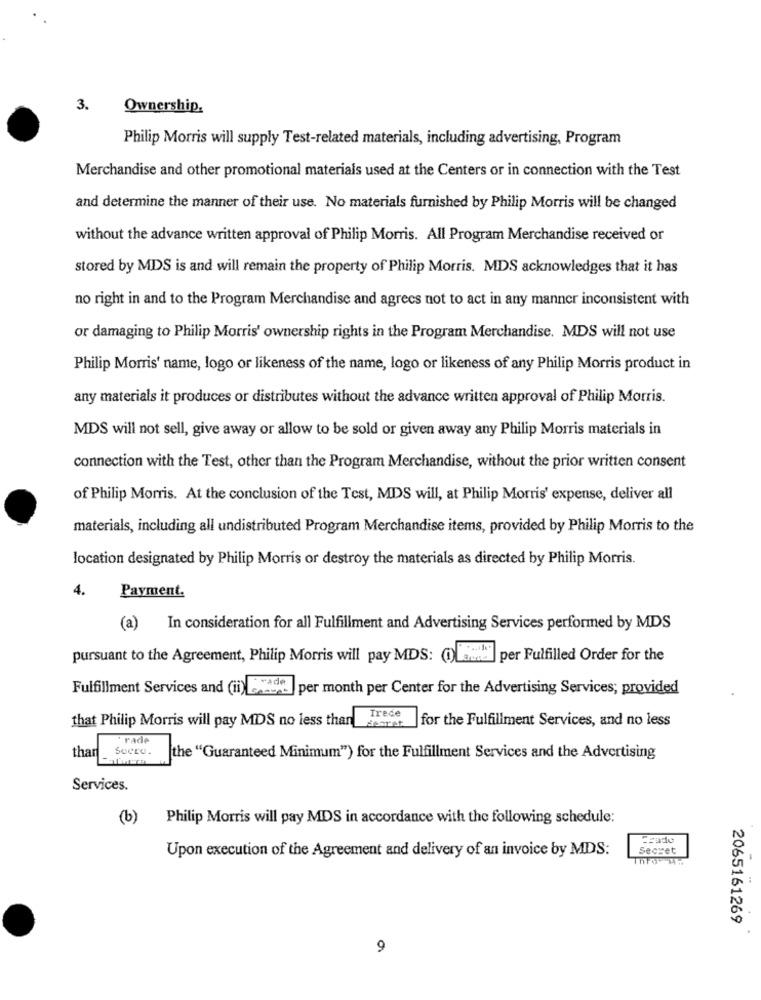
3.
Ownership.
Philip Morris will supply Test-related materials, including advertising, Program
Merchandise and other promotional materials used at the Centers or in connection with the Test
and determine the manner of their use. No materials furnished by Philip Morris will be changed
without the advance written approval of Philip Morris. All Program Merchandise received or
stored by MDS is and will remain the property of Philip Morris. MDS acknowledges that it has
no right in and to the Program Merchandise and agrecs not to act in any manner inconsistent with
or damaging to Philip Morris' ownership rights in the Program Merchandise. MDS will not use
Philip Morris' name, logo or likeness of the name, logo or likeness of any Philip Morris product in
any materials it produces or distributes without the advance written approval of Philip Morris.
MDS will not sell, give away or allow to be sold or given away any Philip Morris materials in
connection with the Test, other than the Program Merchandise, without the prior written consent
of Philip Morris. At the conclusion of the Test, MDS will, at Philip Morris' expense, deliver all
materials, including all undistributed Program Merchandise items, provided by Philip Morris to the
location designated by Philip Morris or destroy the materials as directed by Philip Morris.
4.
Payment.
(a) In consideration for all Fulfillment and Advertising Services performed by MDS
pursuant to the Agreement, Philip Morris will pay MDS: ):"
per Fulfilled Order for the
rade
Fulfillment Services and (ii) .29 |per month per Center for the Advertising Services; provided
Trede
for the Fulfillment Services, and no less
that Philip Morris will pay MDS no less than
rade
SUCCO.
thar
the "Guaranteed Minimum") for the Fulfillment Services and the Advertising
Services.
(b)
Philip Morris will pay MDS in accordance with the following schedule:
Scade
Upon execution of the Agreement and delivery of an invoice by MDS:
Secret
2065161269
9